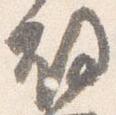
故